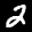
Label: 2